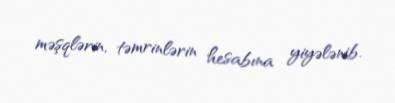
məşqlərin, təmrinlərin hesabına yiyələnib.